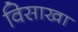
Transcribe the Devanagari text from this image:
विसाखा